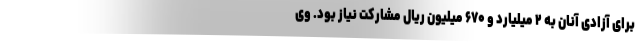
برای آزادی آنان به ۲ میلیارد و ۶۷۰ میلیون ریال مشارکت نیاز بود. وی